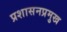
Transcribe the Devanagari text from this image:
प्रशासनप्रमुख